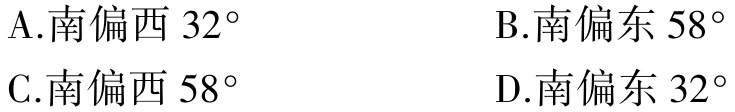
A.南偏西 \(32^{\circ}\)

B.南偏东 \(58^{\circ}\)

C.南偏西 \(58^{\circ}\)

D.南偏东 \(32^{\circ}\)